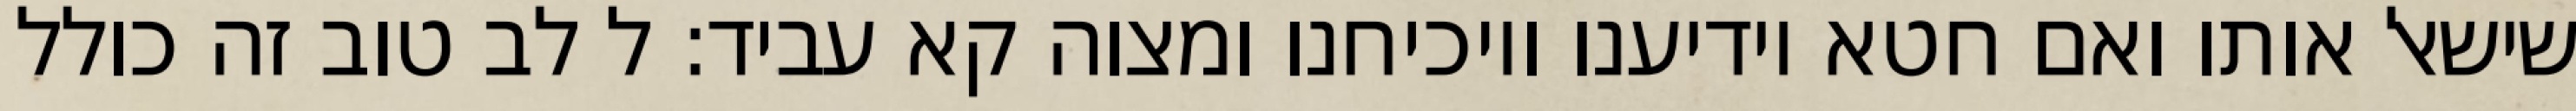
שישאל אותו ואם חטא יודיענו ויוכיחנו ומצוה קא עביד: ל לב טוב זה כולל